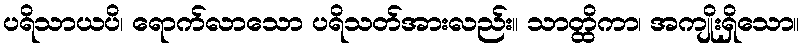
ပရိသာယပိ၊ ရောက်လာသော ပရိသတ်အားလည်း။ သာတ္ထိကာ၊ အကျိုးရှိသော။